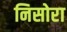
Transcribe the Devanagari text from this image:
निसोरा